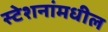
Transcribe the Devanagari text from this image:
स्टेशनांमधील